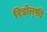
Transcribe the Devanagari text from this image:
रिडोल्फ़ी